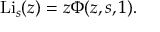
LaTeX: \operatorname { L i } _ { s } ( z ) = z \Phi ( z , s , 1 ) .